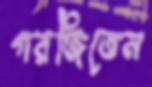
গরজিতেন